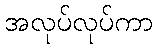
အလုပ်လုပ်ကာ